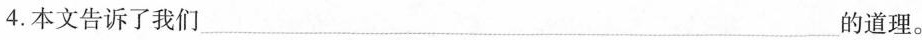
4.本文告诉了我们___的道理。